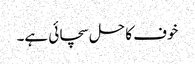
خوف کا حل سچائی ہے۔